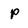
Character: p